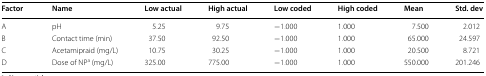
| Factor | Name | Low actual | High actual | Low coded | High coded | Mean | Std. dev |
 | --- | --- | --- | --- | --- | --- | --- | --- |
 | A | pH | 5.25 | 9.75 | −1.000 | 1.000 | 7.500 | 2.012 |
 | B | Contact time (min) | 37.50 | 92.50 | −1.000 | 1.000 | 65.000 | 24.597 |
 | C | Acetamipraid (mg/L) | 10.75 | 30.25 | −1.000 | 1.000 | 20.500 | 8.721 |
 | D | Dose of NPa (mg/L) | 325.00 | 775.00 | −1.000 | 1.000 | 550.000 | 201.246 |